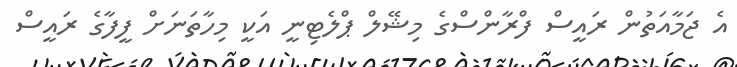
އެ ޖަމާއަތުން ރައީސް ފްރާންސްގެ މިޝޭލް ޕްލެޓިނީ އަކީ މިހާތަނަށް ފީފާގެ ރައީސް